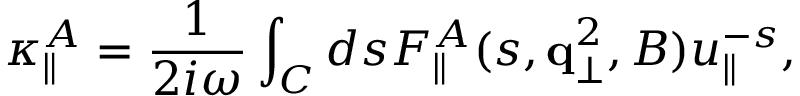
\kappa _ { \parallel } ^ { A } = { \frac { 1 } { 2 i \omega } } \int _ { C } d s F _ { \parallel } ^ { A } ( s , { \bf q } _ { \bot } ^ { 2 } , B ) u _ { \parallel } ^ { - s } ,